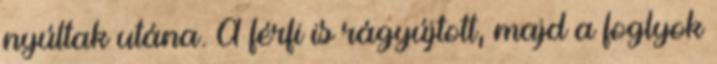
nyúltak utána. A férfi is rágyújtott, majd a foglyok